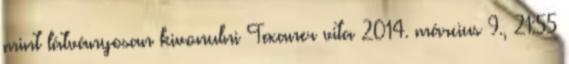
mint látványosan kivonulni Texaner vita 2014. március 9., 21:55